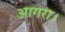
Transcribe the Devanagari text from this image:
आगरा।